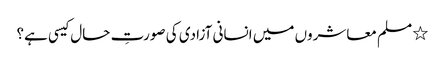
٭ مسلم معاشروں میں انسانی آزادی کی صورتِ حال کیسی ہے؟